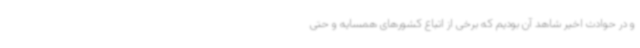
و در حوادث اخیر شاهد آن بودیم که برخی از اتباع کشورهای همسایه و حتی